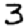
Digit: 3